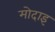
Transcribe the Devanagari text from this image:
मोदाइ